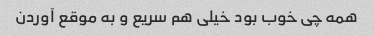
همه چی خوب بود خیلی هم سریع و به موقع آوردن